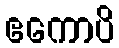
ဧကောပိ